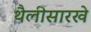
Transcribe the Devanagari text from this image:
थैलीसारखे